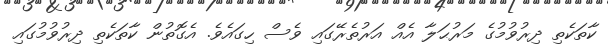
ކާތަކެތި ދިރުވުމުގެ މަރުޙަލާ އެއް އަރުތެރޭގައި ވެސް ހިގައެވެ. އެގޮތުން ކާތަކެތި ދިރުވުމުގައި